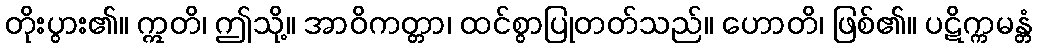
တိုးပွား၏။ ဣတိ၊ ဤသို့။ အာဝိကတ္တာ၊ ထင်စွာပြုတတ်သည်။ ဟောတိ၊ ဖြစ်၏။ ပဋိက္ကမန္တံ